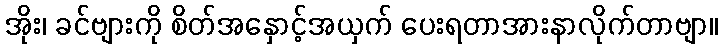
အိုး၊ ခင်ဗျားကို စိတ်အနှောင့်အယှက် ပေးရတာအားနာလိုက်တာဗျာ။